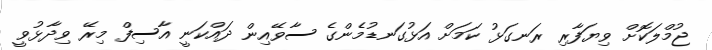
ޖުމްލަކޮށް ވިޔަފާރި ރަނގަޅު ކަމަށް އަޅުގަނޑުމެންގެ ސާވޭއިން ދައްކަނީ އާސިފް މިރޭ ވިދާޅުވީ